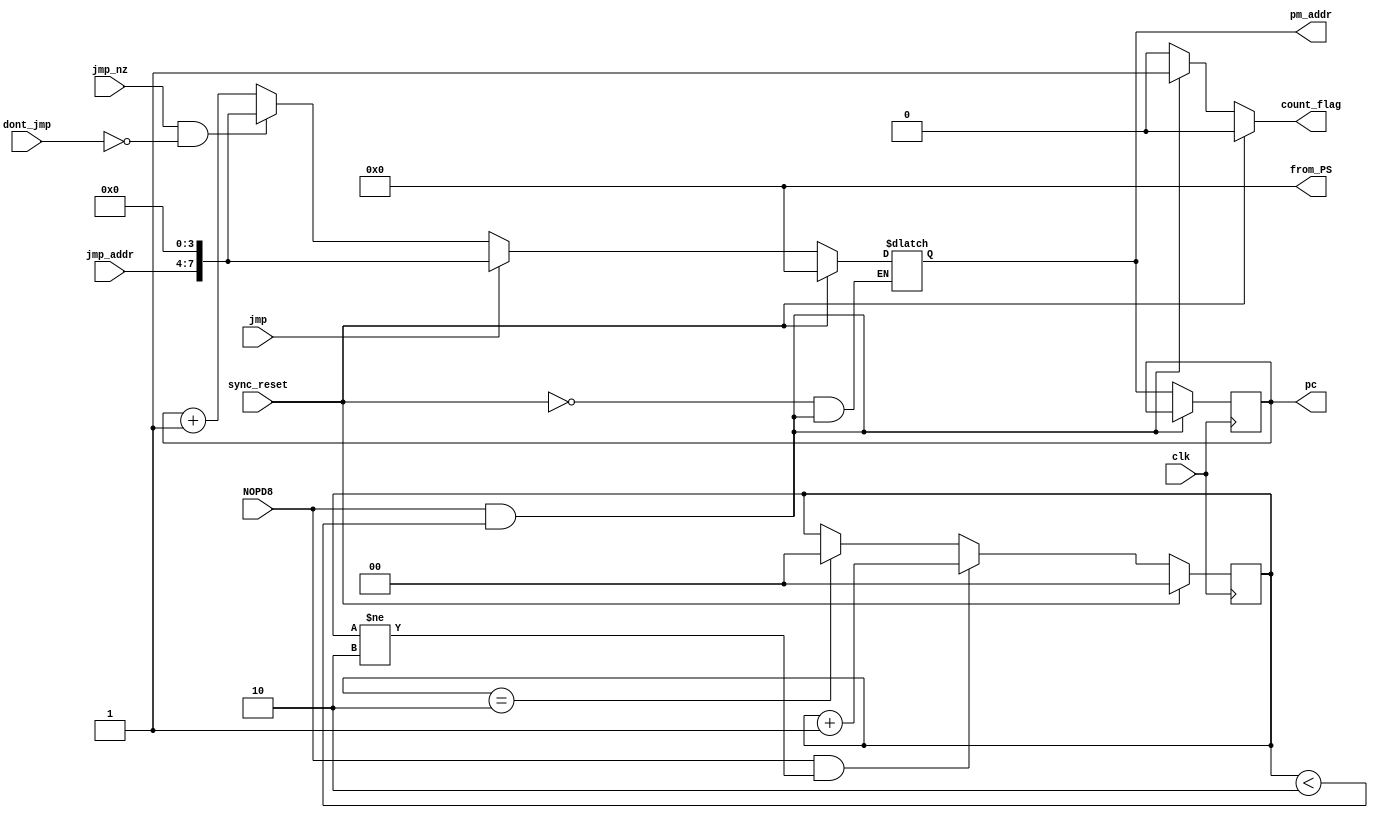
module program_sequencer_Q11(clk, sync_reset, pm_addr, jmp, jmp_nz, jmp_addr, dont_jmp, 
								pc, from_PS, NOPD8, count_flag);
input clk, sync_reset, jmp,jmp_nz, dont_jmp, NOPD8;
input [3:0] jmp_addr;
output reg count_flag;
output reg [7:0] pc, pm_addr, from_PS;

reg [1:0] counter;

always @ *
if (sync_reset)
	count_flag = 1'b0;
else if ((NOPD8 == 1'b1) && (counter < 2'd2))
	count_flag = 1'b1;
else
	count_flag = 1'b0;

always @ (posedge clk)
if (sync_reset)
	counter = 2'd0;
else if ((NOPD8 == 1'b1) && (counter != 2'd2))
	counter = counter + 2'd1;
else if (counter == 2'd2)
	counter = 2'd0;
else
	counter = counter;

always @ *
from_PS = 8'h0;

always @ (posedge clk)
if ((NOPD8 == 1'b1) && (counter < 2'd2))
	pc <= pc;
else
	pc <= pm_addr;

always @ *
if (sync_reset == 1'b1)
	pm_addr <= 8'h00;
else if ((NOPD8 == 1'b1) && (counter < 2'd2))
	pm_addr <= pm_addr; // same as having pc + 1
else if (jmp == 1'b1)
	pm_addr <= {jmp_addr,4'h0};
else if ((jmp_nz == 1'b1) && (dont_jmp == 1'b0))
	pm_addr <= {jmp_addr,4'h0};
else
	pm_addr <= pc + 8'b1;

endmodule